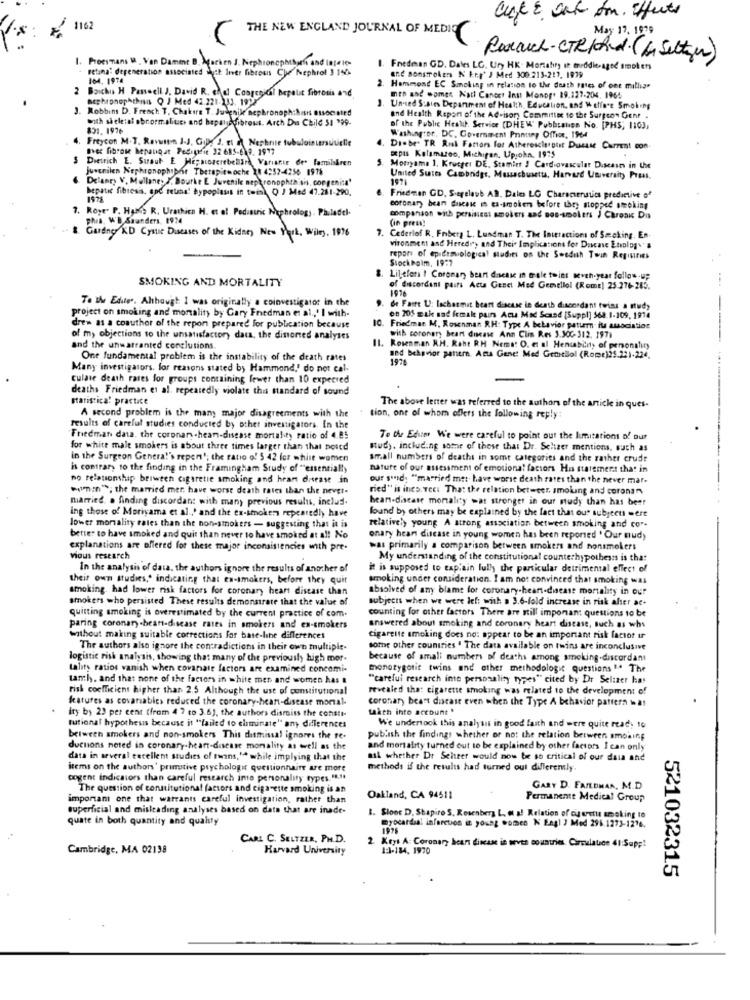
THE NEW ENGLAND JOURNAL OF MEDIO
May 17, 1979
Proesmans I . Von Dament B. Marken J. Nephronet
nephtharfi and Inte les
Porach-CTRIchd. (& Selten)
retina: degeneration associated whyit liver fibrosis Che Nephrol 3 140
1. Fredman GD. Dales LG. Ury HK- Mortahry it middle-aged smokers
104. 1974
and sonstrokers N Erg' J Med 300.213-219, 1979
2 Baichis H Passeell J. David R. chal Congenital bepalit fibrosis and
2. Hammond EC Smoking in relation to the death rates of ont mills"
acphiphopAthis Q J Med 42.221-231. 1922
men and women Natl Cancer Ins Monop. 19.127-204. 1964
3. Robbins D. French T. Chakers T. Judenike Bephronoph:An associated
Unused Susies Department of Health Education, and Welfare Smoking
with skeletal abnormalities and bapaliofibrous. Arch Du Child 51 "99-
and Health Report of the Advisory Committee to the Surgeon Genr .
831. 197+
of the Public Health Service (DHEW" Pubbraten No. [PHS; 1103,
4. Freycon M.T. Revatten J-J, Gille J, Et n Nephrite tub
Washington, DC. Government Printing Office, 1964
avec fibrose hepaugat Pedigrie 32 685-618. 1997
Disbe. TR Rul Factors for Atherescierptit Duesse Current con
$ Dietrich E. Suaut E Hepatoserebelir Variante des familskren
opis Kalamazoo, Michigan, Upjohn. 1975
juvenilen Nephronophobie Therapiewoche 18 4:52-4256 1976
5. Motoyama 1. Krueger DE. Stamint ! Cardiovascular Disease in Uw
Delaney V. Mullane. I. Bourke E Juvenile neph ronophthisis, congenita'
United Sutts Cambridge, Massachusetts, Harvard University Press,
hepatic fibresis, and reuna' hypoplasis in tois Q J Med 47.281-290,
Friedman CD, Sarelave AD. Dales LG Characteristics predictive of
7. Roye' P. Hans R. Urathicn H. et of Pediatric Nephrology
coronary bean duscase in es-smokers before they mopped smoking
PRIS, W'B. Saunders, 1924
comparison with persisiest smokers and nos-smolens ) Chroni Dis
(in press!
Gardny RD Cystic Diseases of the Kidney New York, Wiley. 1976
7. Cederlof R. Friberg L. Lundman T. The Interactions of Smoking, En
vironment and Heredry and Their Implications for Ducase Etiology
repars of epidemiological studies on the Swedish Toun Registries
Stockholm, 1977
SMOKING AND MORTALITY
8. Lilefors ! Coronary heart disease in tale toint sevch-year follow-up
---
1976
of discordant pairs Acta Genci Med Gemellol (RomE) 25.276-283.
To the Edites. Ahhaugh I was originally a coinvestigator in the
project on smoking and mortality by Gary Friedman et al ., ' I with-
de Faire U: lachasmit heart disease le death discordant twins a study
en 205 mak sad female pairs Act Mod Scand [Suppl] 568.1-109, 1914
drew as a coauthor of the repon prepared for publication because
10. Friedman M. Rosenman RH: Type A behavior pattern- i amocistios
of my objections to the unsatisfactory data, the dinorted analyses
with coronary heart disease Ann Clis Res 3.300- 312. 1971
--
and the unwarranted conclusions.
Il. Rosenman R.H. Raht RH Nems. O. et al Henuability of personality
One fundamental problem is the instability of the death rates
1926
and Behavior pattern Acta Genet Med Geohellol (Rome)25.221-224.
Many investigators. for reasons stated by Hammond,' do not cal.
culate death rates for groups containing fewer than 10 expected
deaths Friedman et al. repeatedly violate this standard of sound
statistica! practice
A second problem is the mam major disagreements with the
The above letter was referred to the authors of the article in ques-
tion, one of whom offers the following reply
results of careful studies conducted by other investigators. In the
Friedman data. the coronary.hear-disease mortality ratio of 4.85
To the Edum We were careful to point out the limitations of our
for white male smokers is about three times larger than that bored
study, including some of these that Dr. Selzer mentions, such as
in the Surgeon General's repen'; the ratio o! 5 42 for white women
small numbers of deaths in some categories and the rather crude
is contrary to the finding in the Framingham Study of "essentially
nature of our assessment of emotional factors His statement that in
no relationship beiwech cigarette smoking and hran disease in
our said: "married met. have worse death rates than the never mar-
win; the married mer. have worst death rates than the never-
ried" is ines. vee: That the relation betweer, smoking and coronan,
married. . finding discordant with many previous results, includ.
beans-disease mortality wat stronger in our study than has best
ing those of Moriyama et al ,' and the ex-smokers repeatedly have
found by others may be explained by the fact that ous subject =ere
lower mortality rates than the non-smokers - suggesting that it is
relative ;, young A strong association between smoking and cor-
better to have smoked and quit than never to have smoked at a !! No
onary heart disease in young women has been reported ' Our nud)
explanations are offered for these major inconsistencies with pre-
was primarily a comparison between smokers and nonsmokers
vous research
My understanding of the constitutional counterhypothesis is that
In the analysis of data, the authors ignore the results of another of
it is supposed to captain full the particular detrimental effect of
their own studies," indicating that ta-smokers, before they quit
smoking under consideration. I am not convinced that smoking was
smoking, had lower risk factors for coronary heart disease than
absolved of any blame for coronary heart-disease mortality in our
smokers who persisted These results demonstrate that the value of
subjects when we were left with a 3.6-fold increase in risk after ac-
quitting smoking is overestimated by the current practice of com.
counting for other factors There are still imponan: questions to be
paring coronary -beat-disease rates in smokers and ex-smokers
answered about smoking and coronary heart disease, such as whs
without making suitable corrections for base-line differences
cigarette smoking does no: appear to be an important risk factor in
The authors also ignore the contradictions in their own multiple-
some other countries " The data available on twins are inconclusive
logistic risk analysis, showing that many of the previously high mor-
because of amali numbers of deaths among smoking.discordant
tality ratios vanish when covanate factors are examined concomi-
monetygotit twins and other methodologie questions ". The
tanch, and that none of the factors in white men and women has &
"carefui research ine personality types" cited by Dr Selizer has
Fish coefficient higher than 2.5 Although the use of constitutional
revealed that cigarette smoking was related to the development of
features as covariables reduced the coronary-heart-disease moral-
coronar) beamt disease even when the Type A behavior pattern wat
taken into account "
ity by 23 per cent (fram 4 7 to 3.6), the authors dismiss the consti-
tutional hypothesis because it "failed to eliminate" an) differences
We undertook this analysis in good faith and were quite read, 10
between smokers and non-smokers This dismissal ignores the te.
publish the findings whether or not the relation between smoking
ductions noted in coronary heart-disease morality as well as the
and mortality turned out to be explained by other factors I can only
data in several excellent studies of twins," while implying that the
ask whether Dr Scheer would now be so critical of our data and
items on the authors' primitive psychologit questionnaire are more
methods if the results had turned out differently
cogent indicators than careful research ime personality types "."
The question of constitutional factors and cigarette smoking is an
GARY D. FAMEDMAN, M.D.
importam one that warrants careful investigation, rather than
Oakland, CA 94511
Permanente Medical Group
superficial and misleading analyses based on data that are inade-
quate in both quantity and quality
1. Sloor D. Shapiro S. Rosenberg L ., o a! Relation of cieretur smoking to
myocardial infarction it young women N Engl J Med 296.1273-1276.
CARL C. SELTZER, PH.D.
Cambridge, MA 02138
Harvard University
2. Keys A: Coronary heart disease in seves countries. Circulauce 41:Sapp!
1:3-184. 1970
521032315